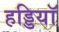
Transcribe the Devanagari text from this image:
हड्डियॉ